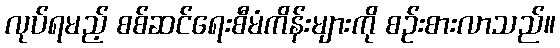
လုပ်ရမည့် စစ်ဆင်ရေးစီမံကိန်းများကို စဉ်းစားလာသည်။